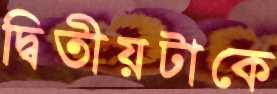
দ্বিতীয়টাকে